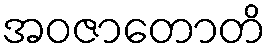
အဝဇာတောတိ